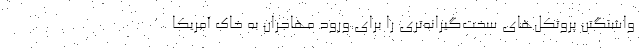
واشنگتن پروتکل‌های سخت‌گیرانه‌تری را برای ورود مهاجران به خاک آمریکا